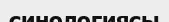
синологиясы